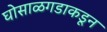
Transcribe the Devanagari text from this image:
घोसाळगडाकडून